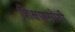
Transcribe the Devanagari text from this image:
शिक्षणसोयी